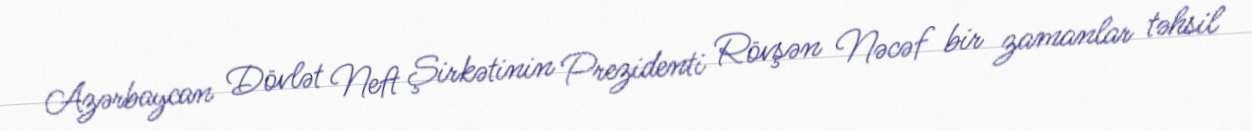
Azərbaycan Dövlət Neft Şirkətinin Prezidenti Rövşən Nəcəf bir zamanlar təhsil